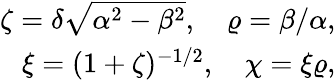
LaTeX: \begin{array}{r}{\zeta=\delta\sqrt{\alpha^{2}-\beta^{2}},\quad\varrho=\beta/\alpha,}\\ {\xi=(1+\zeta)^{-1/2},\quad\chi=\xi\varrho,}\end{array}